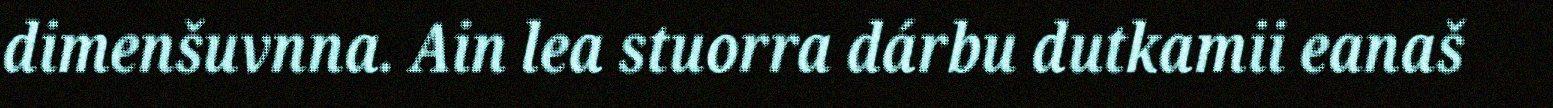
dimenšuvnna. Ain lea stuorra dárbu dutkamii eanaš